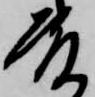
殿